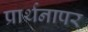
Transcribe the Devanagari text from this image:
प्रार्थनापर